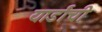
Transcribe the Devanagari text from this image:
यार्डांची